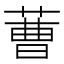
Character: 蓸